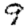
Digit: 9